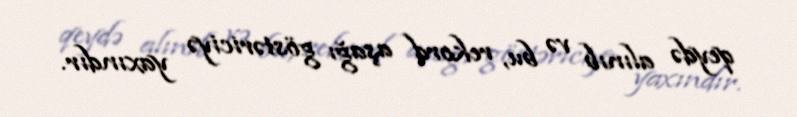
qeydə alınıb və bu, rekord aşağı göstəriciyə yaxındır.